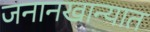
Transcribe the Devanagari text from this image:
जनानखान्यात